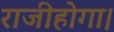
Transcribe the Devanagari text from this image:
राजीहोगा।